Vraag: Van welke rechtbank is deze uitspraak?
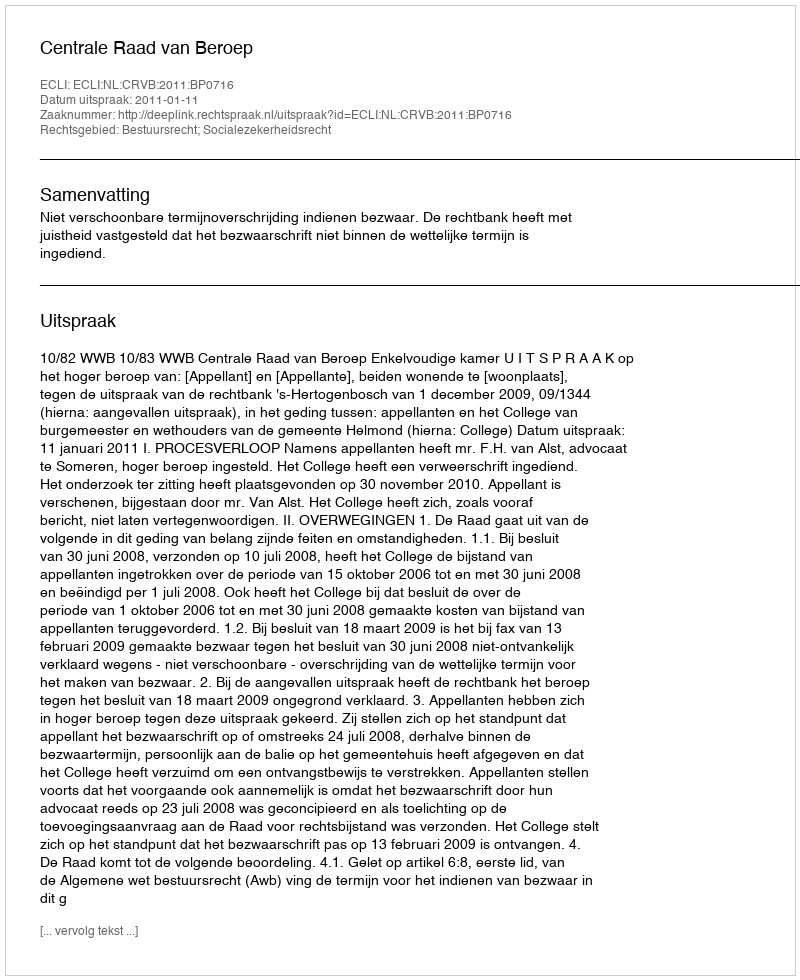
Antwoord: Centrale Raad van Beroep